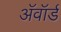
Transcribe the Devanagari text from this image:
अॅवॉर्ड